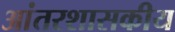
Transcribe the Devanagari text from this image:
आंतरशासकीय